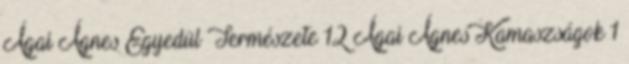
Ágai Ágnes Egyedül Természete 12 Ágai Ágnes Kamaszságok 1